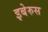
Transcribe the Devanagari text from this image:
इबेरुस